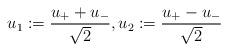
LaTeX: \begin{align*} u_1:=\frac{u_++u_-}{\sqrt{2}},u_2:=\frac{u_+-u_-}{\sqrt{2}}\end{align*}